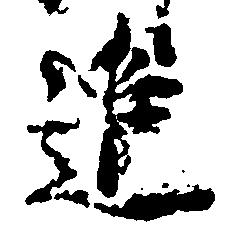
進